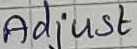
Text: Adjust